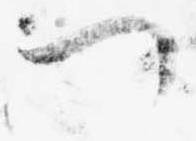
つ